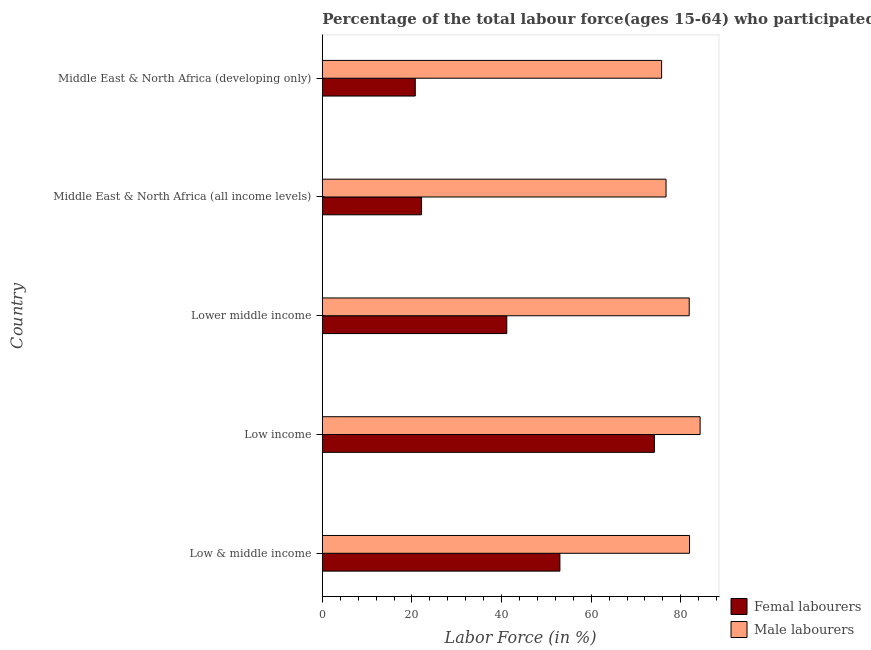
| Country | Femal labourers | Male labourers |
 | --- | --- | --- |
 | Low & middle income | 53 | 81.9 |
 | Low income | 74.1 | 84.3 |
 | Lower middle income | 41.2 | 81.9 |
 | Middle East & North Africa (all income levels) | 22.1 | 76.7 |
 | Middle East & North Africa (developing only) | 20.7 | 75.7 |